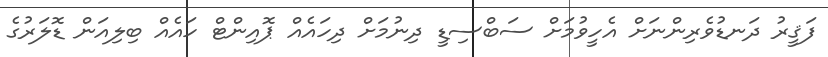
ފަޤީރު ދަނޑުވެރިންނަށް އެހީވުމަށް ސަބްސިޑީ ދިނުމަށް ދިހައެއް ޕޮއިންޓް ހައެއް ބިލިއަން ޑޮލަރުގެ